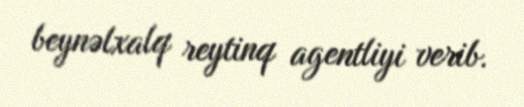
beynəlxalq reytinq agentliyi verib.